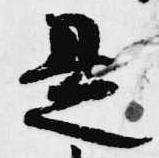
是